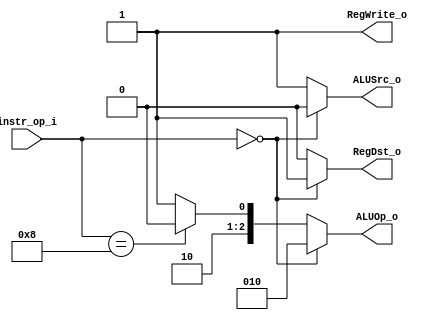
module Decoder( instr_op_i, RegWrite_o,	ALUOp_o, ALUSrc_o, RegDst_o );
     
//I/O ports
input	[6-1:0] instr_op_i;

output			RegWrite_o;
output	[3-1:0] ALUOp_o;
output			ALUSrc_o;
output			RegDst_o;
 
//Internal Signals
wire	[3-1:0] ALUOp_o;
wire			ALUSrc_o;
wire			RegWrite_o;
wire			RegDst_o;

//Main function

assign RegDst_o = (instr_op_i==6'b000000) ? 1 :
				  (instr_op_i==6'b001000) ? 0 : 0;
				  
assign RegWrite_o = (instr_op_i==6'b000000) ? 1 :
				  (instr_op_i==6'b001000) ? 1 : 1;
				  		  
assign ALUOp_o = (instr_op_i==6'b000000) ? 3'b010 :
				  (instr_op_i==6'b001000) ? 3'b100 : 3'b101;				

assign ALUSrc_o = (instr_op_i==6'b000000) ? 0 :
				  (instr_op_i==6'b001000) ? 1 : 1;				  



endmodule